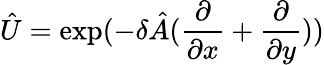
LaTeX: \hat{U}=\exp(-\delta\hat{A}(\frac{\partial}{\partial x}+\frac{\partial}{\partial y}))